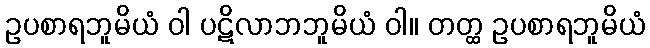
ဥပစာရဘူမိယံ ဝါ ပဋိလာဘဘူမိယံ ဝါ။ တတ္ထ ဥပစာရဘူမိယံ